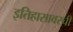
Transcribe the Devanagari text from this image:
इतिहासावरची